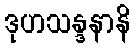
ဒုဟသန္ဒနာနိ